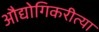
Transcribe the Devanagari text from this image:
औद्योगिकरीत्या